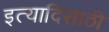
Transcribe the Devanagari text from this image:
इत्यादिसाठी